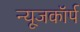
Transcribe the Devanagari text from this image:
न्यूजकॉर्प